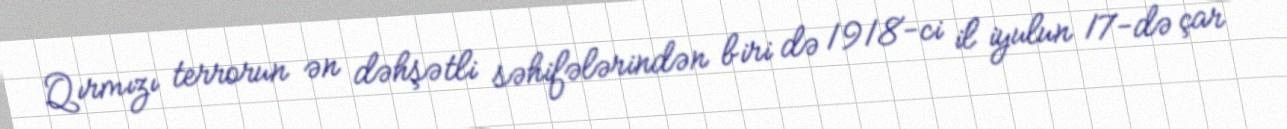
Qırmızı terrorun ən dəhşətli səhifələrindən biri də 1918-ci il iyulun 17-də çar